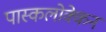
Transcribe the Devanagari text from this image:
पास्कलोक्केन